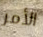
الأمر